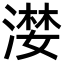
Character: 漤